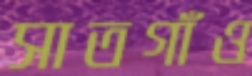
সাতগাঁও